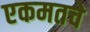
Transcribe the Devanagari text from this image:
एकमतचे